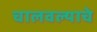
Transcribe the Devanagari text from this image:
चालवल्याचे